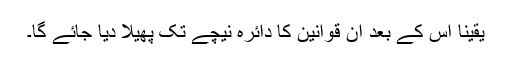
یقینا اس کے بعد ان قوانین کا دائرہ نیچے تک پھیلا دیا جائے گا۔